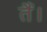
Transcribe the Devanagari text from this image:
तैं।